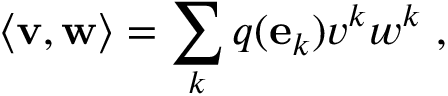
\langle \mathbf { v } , \mathbf { w } \rangle = \sum _ { k } q ( \mathbf { e } _ { k } ) v ^ { k } w ^ { k } \ ,